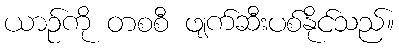
ယာဉ်ကို တစစီ ဖျက်ဆီးပစ်နိုင်သည်။